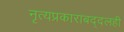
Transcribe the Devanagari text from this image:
नृत्यप्रकाराबद्दलही